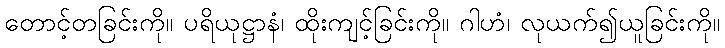
တောင့်တခြင်းကို။ ပရိယုဋ္ဌာနံ၊ ထိုးကျင့်ခြင်းကို။ ဂါဟံ၊ လုယက်၍ယူခြင်းကို။